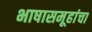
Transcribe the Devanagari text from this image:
भाषासमूहांचा